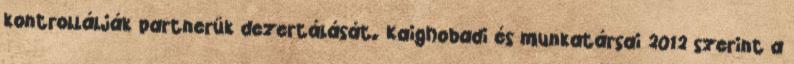
kontrollálják partnerük dezertálását. Kaighobadi és munkatársai 2012 szerint a